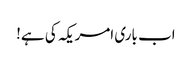
اب باری امریکہ کی ہے!